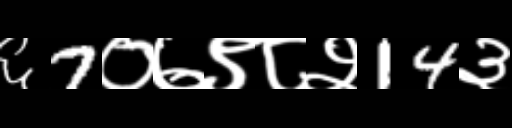
Text: ६7०७९८२14३